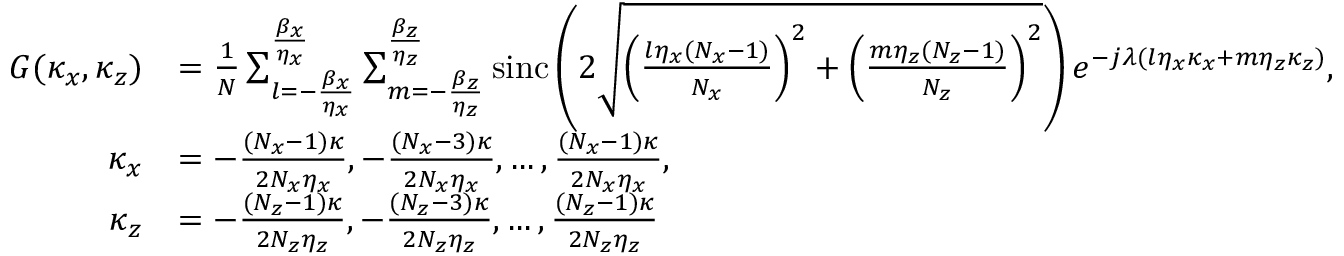
\begin{array} { r l } { G ( \kappa _ { x } , \kappa _ { z } ) } & { = \frac { 1 } { N } \sum _ { l = - \frac { \beta _ { x } } { \eta _ { x } } } ^ { \frac { \beta _ { x } } { \eta _ { x } } } \sum _ { m = - \frac { \beta _ { z } } { \eta _ { z } } } ^ { \frac { \beta _ { z } } { \eta _ { z } } } \mathrm { s i n c } \left( 2 \sqrt { \left( \frac { l \eta _ { x } ( N _ { x } - 1 ) } { N _ { x } } \right) ^ { 2 } + \left( \frac { m \eta _ { z } ( N _ { z } - 1 ) } { N _ { z } } \right) ^ { 2 } } \right) e ^ { - j \lambda ( l \eta _ { x } \kappa _ { x } + m \eta _ { z } \kappa _ { z } ) } , } \\ { \kappa _ { x } } & { = - \frac { ( N _ { x } - 1 ) \kappa } { 2 N _ { x } \eta _ { x } } , - \frac { ( N _ { x } - 3 ) \kappa } { 2 N _ { x } \eta _ { x } } , \ldots , \frac { ( N _ { x } - 1 ) \kappa } { 2 N _ { x } \eta _ { x } } , } \\ { \kappa _ { z } } & { = - \frac { ( N _ { z } - 1 ) \kappa } { 2 N _ { z } \eta _ { z } } , - \frac { ( N _ { z } - 3 ) \kappa } { 2 N _ { z } \eta _ { z } } , \ldots , \frac { ( N _ { z } - 1 ) \kappa } { 2 N _ { z } \eta _ { z } } } \end{array}